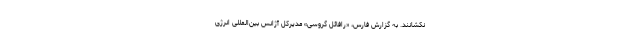
نکشانند. به گزارش فارس، «رافائل گروسی» مدیرکل آژانس بین‌المللی انرژی